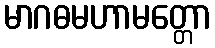
မာဂဓမဟာမတ္တော